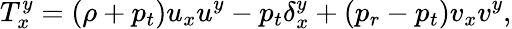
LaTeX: T_{x}^{y}=\left(\rho+p_{t}\right){u_{x}}{u^{y}}-{p_{t}}{\delta_{x}^{y}}+\left(p_{r}-p_{t}\right){v_{x}}{v^{y}},